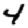
Digit: 4